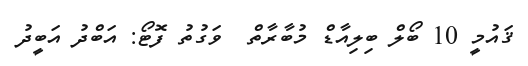
ޤައުމީ 10 ބޯލް ބިލިއާޑް މުބާރާތް  ވަގުތު ފޮޓޯ: އަބްދު އަބީދު